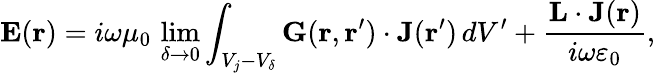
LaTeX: {\mathbf E}({\mathbf r})=i\omega\mu_{0}\, \operatorname*{lim}_{\delta\rightarrow 0}\int_{V_{j}-V_{\delta}}{\mathbf G}({\mathbf r},{\mathbf r}^{\prime})\cdot{\mathbf J}({\mathbf r}^{\prime})\, dV^{\prime}+\frac{{\mathbf L}\cdot{\mathbf J}({\mathbf r})}{i\omega\varepsilon_{0}},